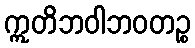
ဣတိဘဝါဘဝတဉ္စ